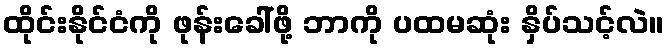
ထိုင်းနိုင်ငံကို ဖုန်းခေါ်ဖို့ ဘာကို ပထမဆုံး နှိပ်သင့်လဲ။